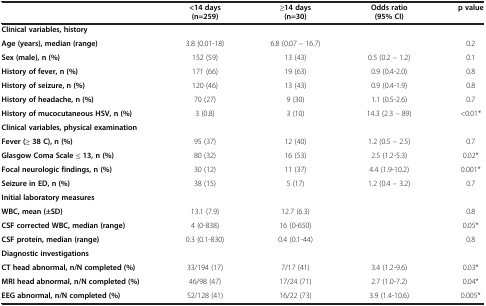
|  | <14 days (n=259) | ≥14 days (n=30) | Odds ratio (95% CI) | p value |
 | --- | --- | --- | --- | --- |
 | Clinical variables, history |  |  |  |  |
 | Age (years), median (range) | 3.8 (0.01-18) | 6.8 (0.07 – 16.7) |  | 0.2 |
 | Sex (male), n (%) | 152 (59) | 13 (43) | 0.5 (0.2 – 1.2) | 0.1 |
 | History of fever, n (%) | 171 (66) | 19 (63) | 0.9 (0.4-2.0) | 0.8 |
 | History of seizure, n (%) | 120 (46) | 13 (43) | 0.9 (0.4-1.9) | 0.8 |
 | History of headache, n (%) | 70 (27) | 9 (30) | 1.1 (0.5-2.6) | 0.7 |
 | History of mucocutaneous HSV, n (%) | 3 (0.8) | 3 (10) | 14.3 (2.3 – 89) | <0.01* |
 | Clinical variables, physical examination |  |  |  |  |
 | Fever (≥38 C), n (%) | 95 (37) | 12 (40) | 1.2 (0.5 – 2.5) | 0.7 |
 | Glasgow Coma Scale ≤ 13, n (%) | 80 (32) | 16 (53) | 2.5 (1.2-5.3) | 0.02* |
 | Focal neurologic findings, n (%) | 30 (12) | 11 (37) | 4.4 (1.9-10.2) | 0.001* |
 | Seizure in ED, n (%) | 38 (15) | 5 (17) | 1.2 (0.4 – 3.2) | 0.7 |
 | Initial laboratory measures |  |  |  |  |
 | WBC, mean (±SD) | 13.1 (7.9) | 12.7 (6.3) |  | 0.8 |
 | CSF corrected WBC, median (range) | 4 (0-838) | 16 (0-650) |  | 0.05* |
 | CSF protein, median (range) | 0.3 (0.1-830) | 0.4 (0.1-44) |  | 0.8 |
 | Diagnostic investigations |  |  |  |  |
 | CT head abnormal, n/N completed (%) | 33/194 (17) | 7/17 (41) | 3.4 (1.2-9.6) | 0.03* |
 | MRI head abnormal, n/N completed (%) | 46/98 (47) | 17/24 (71) | 2.7 (1.0-7.2) | 0.04* |
 | EEG abnormal, n/N completed (%) | 52/128 (41) | 16/22 (73) | 3.9 (1.4-10.6) | 0.005* |